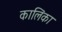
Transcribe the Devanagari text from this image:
कालिंका